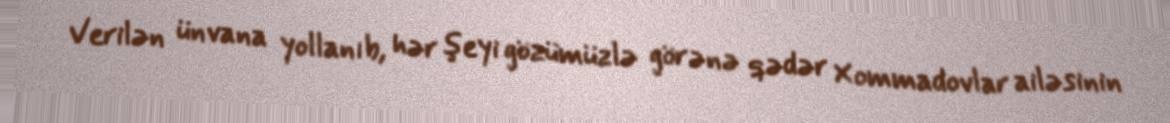
Verilən ünvana yollanıb, hər şeyi gözümüzlə görənə qədər Xommadovlar ailəsinin